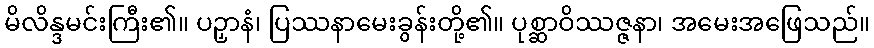
မိလိန္ဒမင်းကြီး၏။ ပဉှာနံ၊ ပြဿနာမေးခွန်းတို့၏။ ပုစ္ဆာဝိဿဇ္ဇနာ၊ အမေးအဖြေသည်။